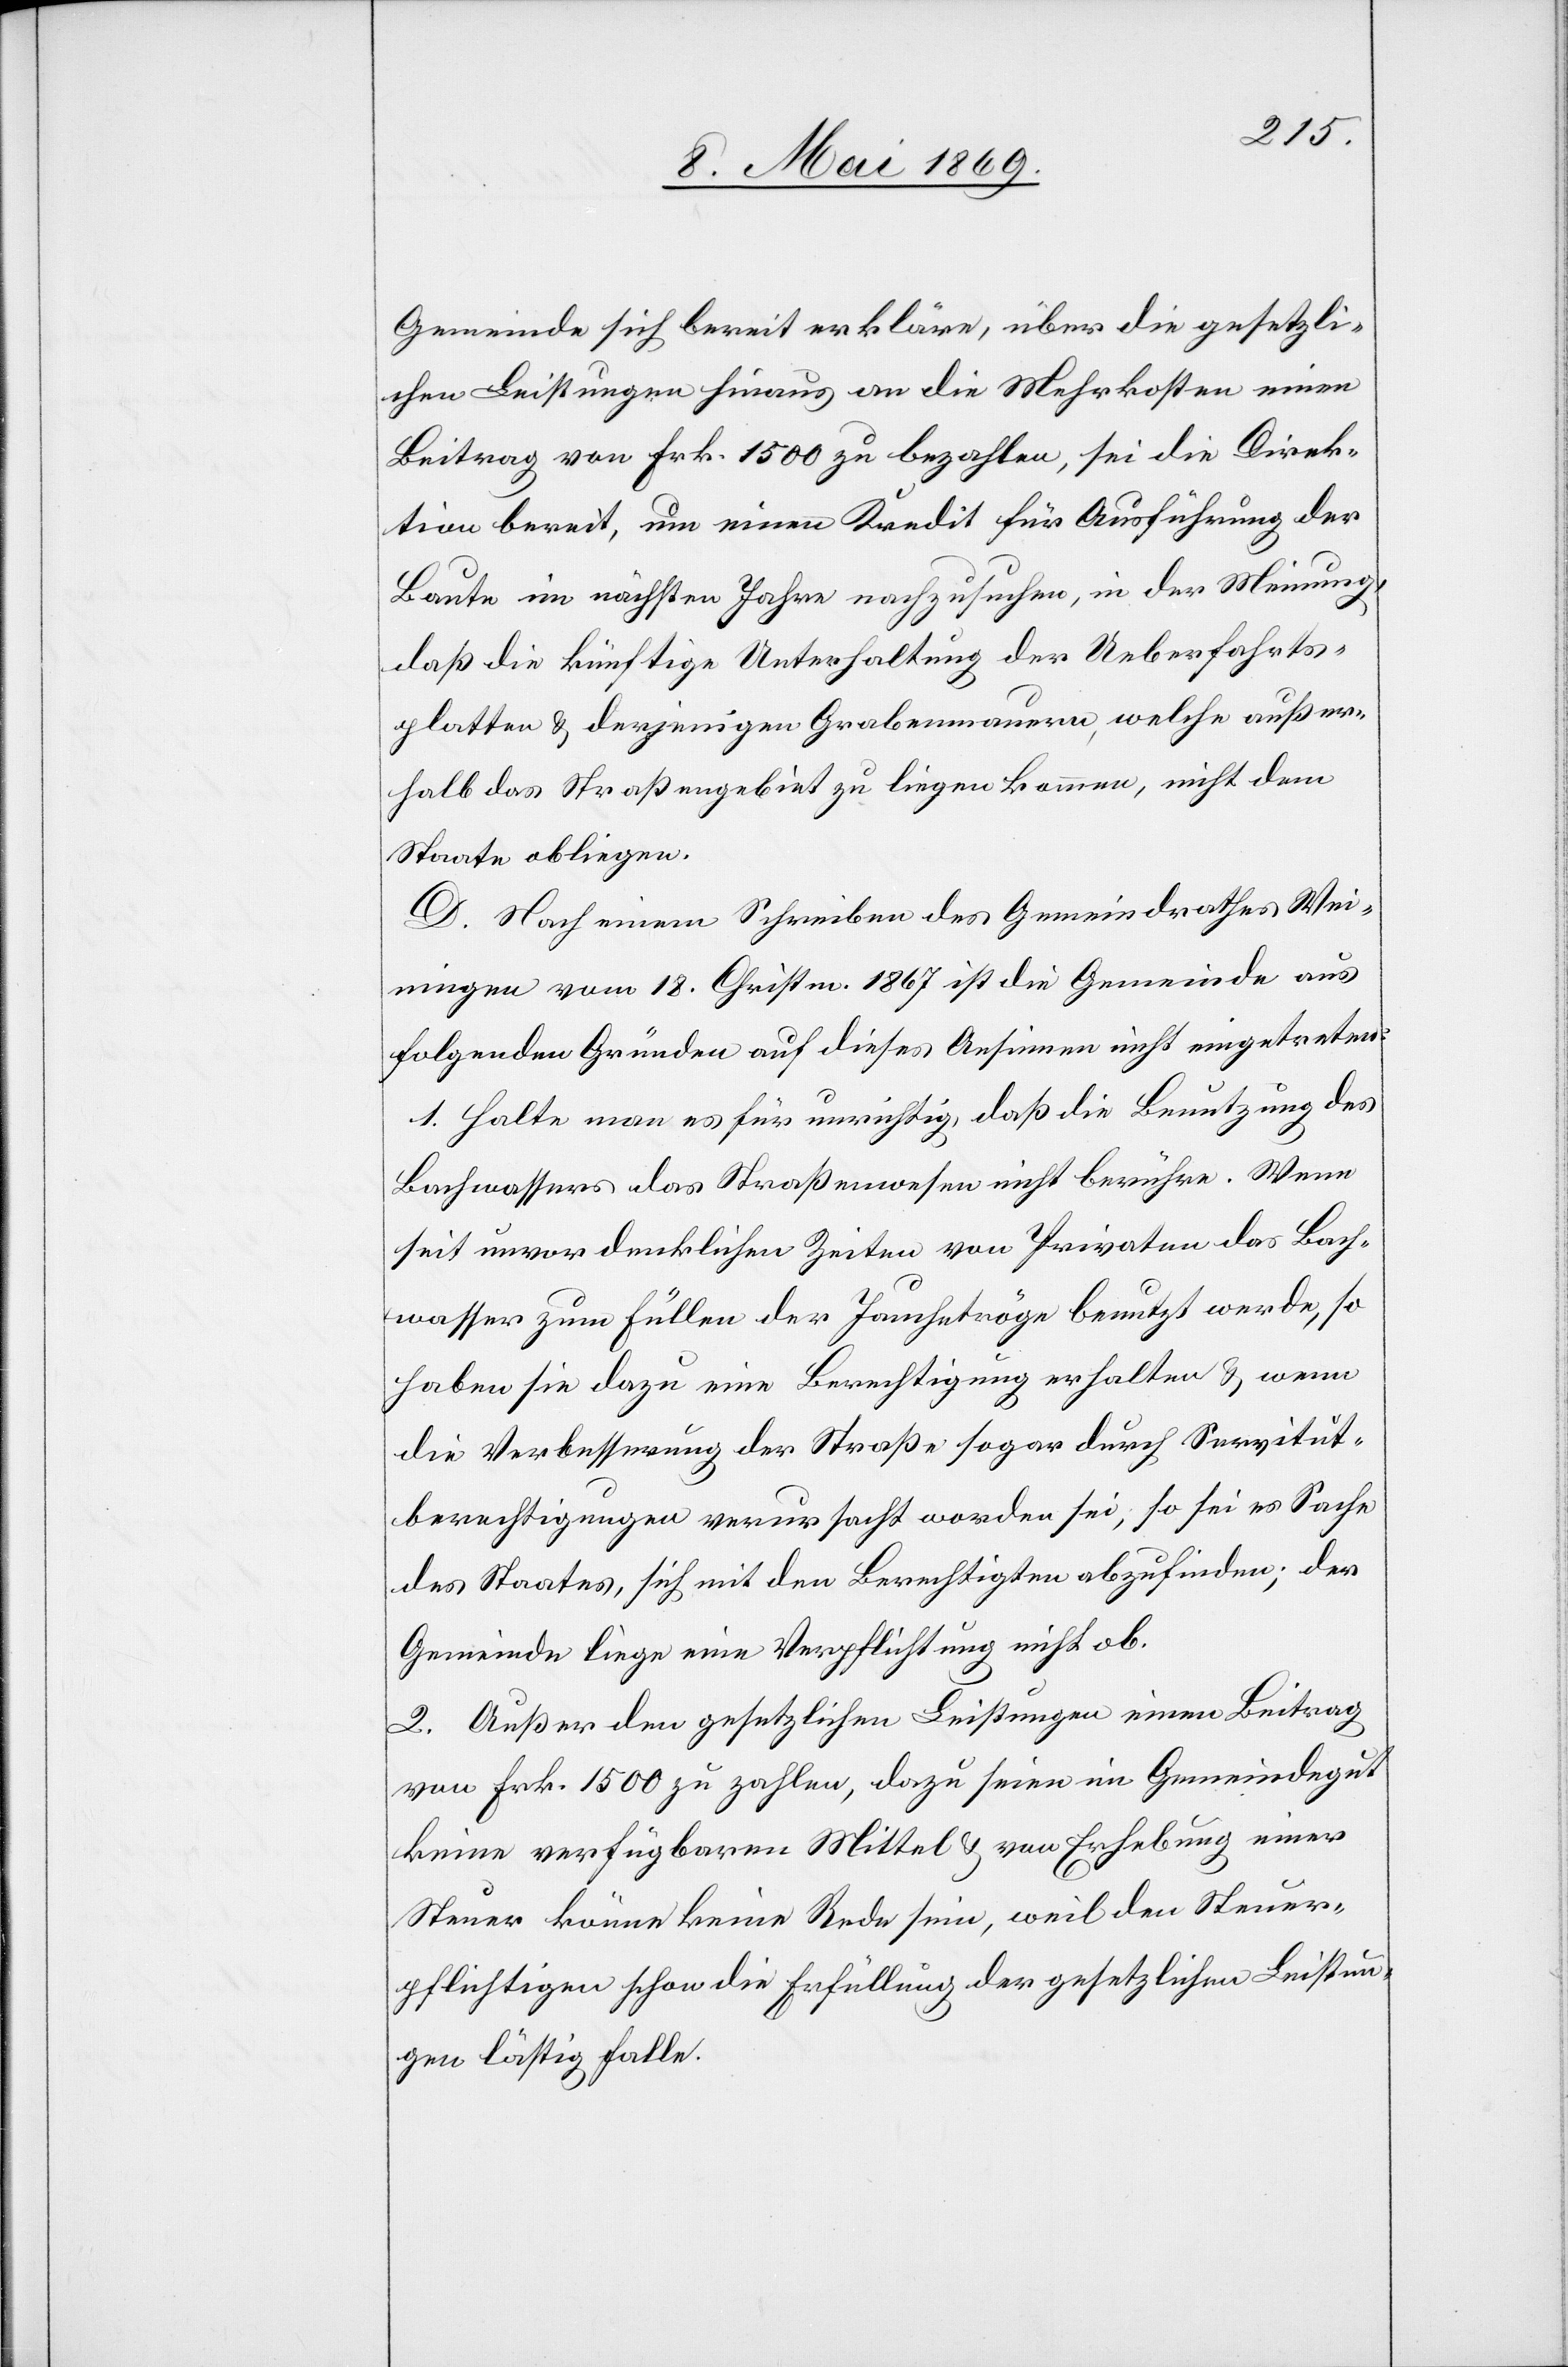
Gemeinde sich bereit erkläre, über die gesetzli¬
chen Leistungen hinaus an die Mehrkosten einen
Beitrag von Frk. 1500 zu bezahlen, sei die Direk¬
tion bereit, um einen Kredit für Ausführung der
Baute im nächsten Jahre nachzusuchen, in der Meinung,
daß die künftige Unterhaltung der Ueberfahrts¬
platten u. derjenigen Grabenmauern, welche außer¬
halb das Straßengebiet zu liegen kommen, nicht dem
Staate obliegen.
D. Nach einem Schreiben des Gemeindrathes Wei¬
ningen vom 18. Christm. 1867 ist die Gemeinde aus
folgenden Gründen auf dieses Ansinnen nicht eingetreten:
1. Halte man es für unrichtig, daß die Benutzung des
Bachwassers das Straßenwesen nicht berühre. Wenn
seit unvordenklichen Zeiten von Privaten das Bach¬
wasser zum Füllen der Jauchetröge benutzt werde, so
haben sie dazu eine Berechtigung erhalten u. wenn
die Verbesserung der Straße sogar durch Servitut¬
berechtigungen verursacht worden sei, so sei es Sache
des Staates, sich mit den Berechtigten abzufinden, der
Gemeinde liege eine Verpflichtung nicht ob.
2. Außer den gesetzlichen Leistungen einen Beitrag
von Frk. 1500 zu zahlen, dazu seien im Gemeindegut
keine verfügbaren Mittel u. von Erhebung einer
Steuer könne keine Rede sein, weil den Steuer¬
pflichtigen schon die Erfüllung der gesetzlichen Leistun¬
gen lästig falle.